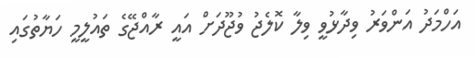
އަހްމަދު އަންވަރު ވިދާޅުވީ ވިލާ ކޮލެޖު ވުޖޫދަށް އައީ ރާއްޖޭގެ ތައުލީމީ ހަޔާތުގައި